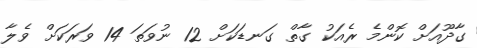
ގާދޫއަށް ކޮންމެ ރެއަކު ގާތް ގަނޑަކަށް 12 ނުވަތަ 14 ވަރަކަށް ވެލާ